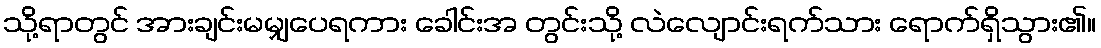
သို့ရာတွင် အားချင်းမမျှပေရကား ခေါင်းအ တွင်းသို့ လဲလျောင်းရက်သား ရောက်ရှိသွား၏။